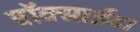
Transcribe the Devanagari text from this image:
बॉक्साईट।